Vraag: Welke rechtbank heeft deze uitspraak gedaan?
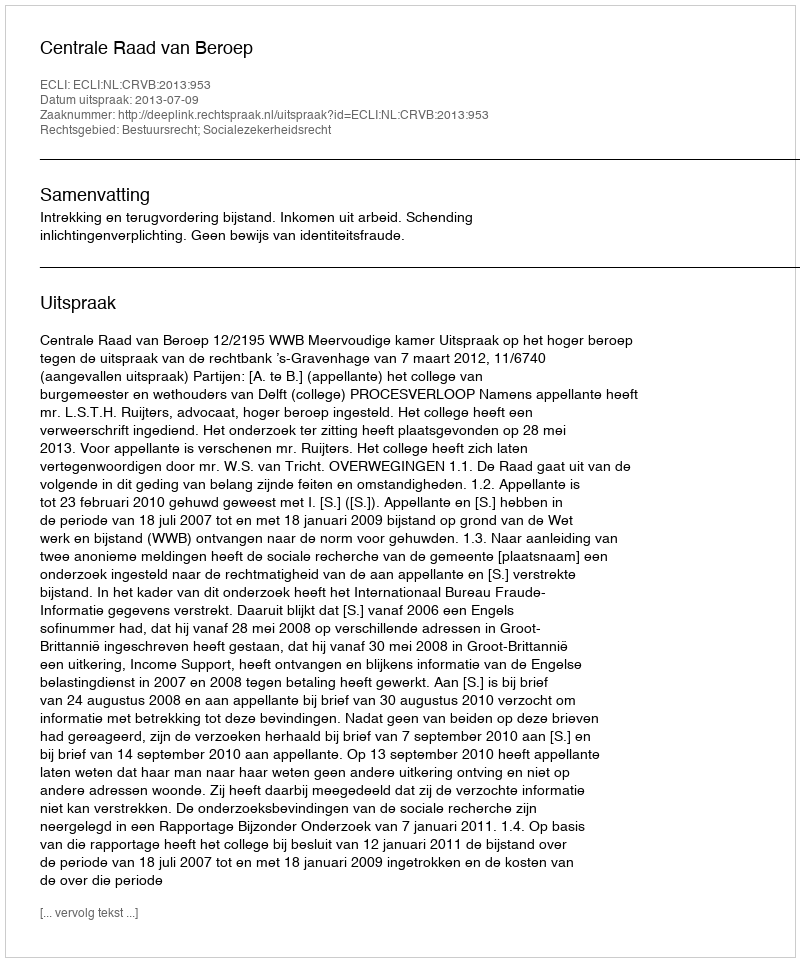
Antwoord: Centrale Raad van Beroep